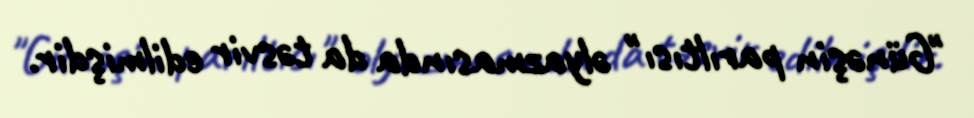
"Günəşin parıltısı" əlyazmasında da təsvir edilmişdir.